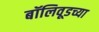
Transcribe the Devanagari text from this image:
बॉलिवूडच्या